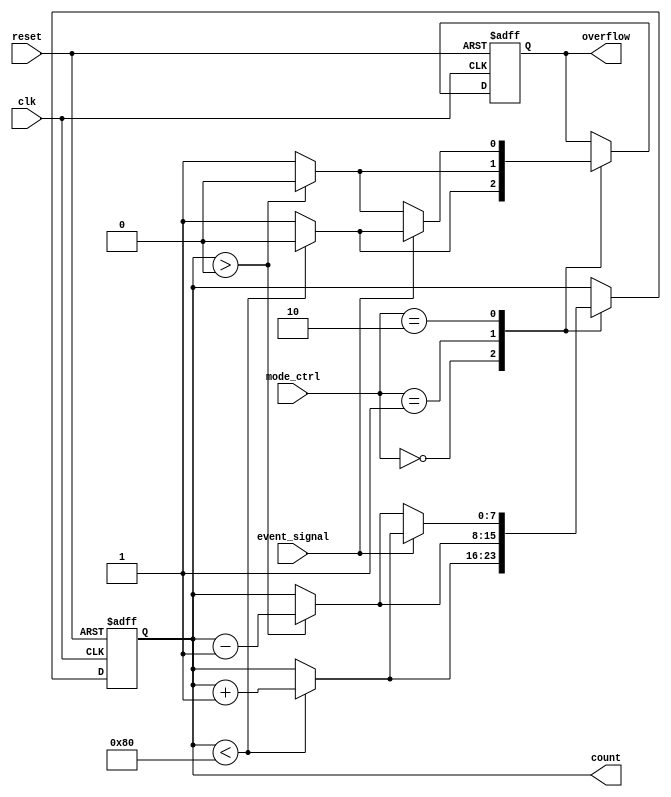
module digital_event_counter #(
    parameter COUNTER_WIDTH = 8, // Configurable bit-width of the counter
    parameter MODE_UPDOWN = 1     // 0: Up Counter, 1: Down Counter, 2: Up/Down Counter
)(
    input wire clk,              // Input clock signal
    input wire event_signal,     // Input event signal
    input wire reset,            // Active-high reset signal
    input wire [1:0] mode_ctrl,  // Control signal to select counting mode: 2'b00: Up, 2'b01: Down, 2'b10: Up/Down
    output reg [COUNTER_WIDTH-1:0] count, // Current count value
    output reg overflow          // Overflow signal
);

    // Initialize overflow and count value
    initial begin
        count = 0;
        overflow = 0;
    end

    // Synchronous process
    always @(posedge clk or posedge reset) begin
        if (reset) begin
            count <= 0;          // Reset count to zero
            overflow <= 0;       // Reset overflow
        end else begin
            case (mode_ctrl)
                2'b00: begin // Up Counter
                    if (count < {1'b1, {(COUNTER_WIDTH-1){1'b0}}}) begin // Check for overflow
                        count <= count + 1;
                        overflow <= 0;
                    end else begin
                        overflow <= 1; // Set overflow if max value reached
                    end
                end

                2'b01: begin // Down Counter
                    if (count > 0) begin // Prevent underflow
                        count <= count - 1;
                        overflow <= 0;
                    end else begin
                        overflow <= 1; // Set overflow if underflow occurs
                    end
                end

                2'b10: begin // Up/Down Counter
                    if (event_signal) begin
                        // Increment on event if mode is up
                        if (count < {1'b1, {(COUNTER_WIDTH-1){1'b0}}}) begin
                            count <= count + 1;
                            overflow <= 0;
                        end else begin
                            overflow <= 1; // Set overflow if max value reached
                        end
                    end else begin
                        // Decrement on event if mode is down
                        if (count > 0) begin
                            count <= count - 1;
                            overflow <= 0;
                        end else begin
                            overflow <= 1; // Set overflow if underflow occurs
                        end
                    end
                end
            endcase
        end
    end
endmodule